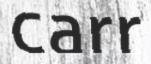
carr